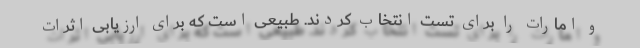
و امارات را برای تست انتخاب کردند. طبیعی است که برای ارزیابی اثرات